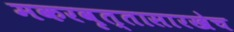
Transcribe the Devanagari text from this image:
मकरवृत्तासारखेच